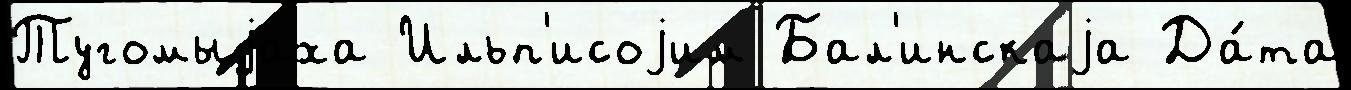
Тугомыjаха Ильп'исоjим Бал'инскаjа Да́та